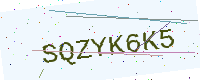
Text: SQZYK6K5